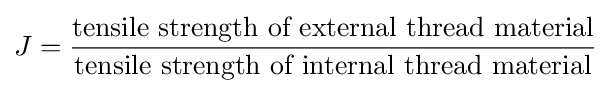
J={\frac {\text{tensile strength of external thread material}}{\text{tensile strength of internal thread material}}}